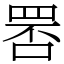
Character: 𦊾